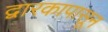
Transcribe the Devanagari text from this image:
द्वारकापासून